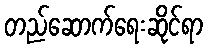
တည်ဆောက်ရေးဆိုင်ရာ